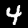
Digit: 4